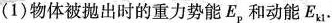
(1)物体被抛出时的重力势能E_{p}和动能E_{k1}。